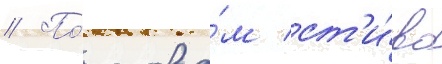
// По́ слова́м ст'и́ва